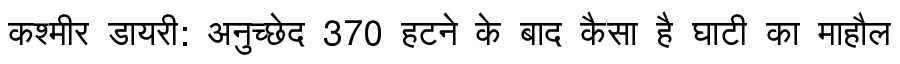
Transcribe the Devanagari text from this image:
कश्मीर डायरी: अनुच्छेद 370 हटने के बाद कैसा है घाटी का माहौल